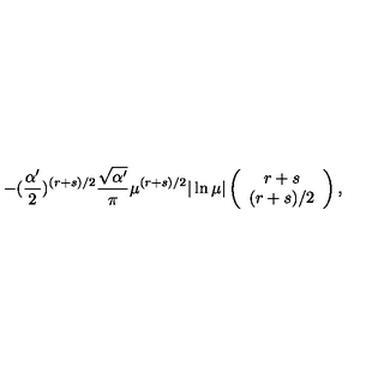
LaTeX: - ( \frac { \alpha ^ { \prime } } { 2 } ) ^ { ( r + s ) / 2 } \frac { \sqrt { \alpha ^ { \prime } } } { \pi } \mu ^ { ( r + s ) / 2 } | \ln \mu | \left( \begin{array} { c } { r + s } \\ { ( r + s ) / 2 } \\ \end{array} \right) ,